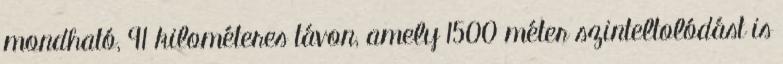
mondható, 91 kilométeres távon, amely 1500 méter szinteltolódást is